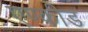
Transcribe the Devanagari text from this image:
एण्कीड